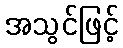
အသွင်ဖြင့်